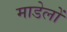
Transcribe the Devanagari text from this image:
माडेलों